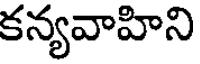
కన్యవాహిని